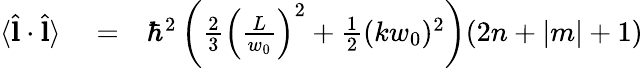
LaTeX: \begin{array}{rlr}{\langle\hat{\mathbf l}\cdot\hat{\mathbf l}\rangle}&{{}=}&{\hbar^{2}\left(\frac{2}{3}\left(\frac{L}{w_{0}}\right)^{2}+\frac{1}{2}(kw_{0})^{2}\right)(2n+|m|+1)}\end{array}